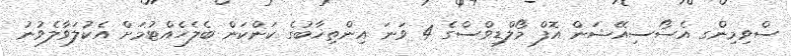
ސްވިމިންގ އެސޯސިއޭޝަން އޮފް މޯލްޑިވްސްގެ 4 ވަނަ އިންތިޚާބުގެ ކަންކަން ބެލެހެއްޓުމަށް އެކުލަވާލެވުނު